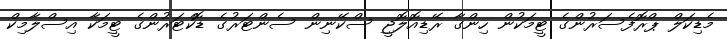
މެޑިކަލް ޕްރޮފެސަރުންގެ ޓީމަކުން ހިންގާ ރޭޑިއޮލޮޖީ ސްކޭނިން ސެންޓަރުގެ ޑޮކްޓަރުންގެ ޓީމަކާ އިސްލާމިކް